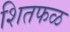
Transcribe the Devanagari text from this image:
शितफळ